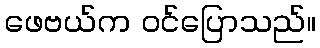
ဖေဗယ်က ဝင်ပြောသည်။